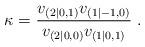
LaTeX: \begin{align*} \kappa= \frac{v_{(2|0,1)} v_{(1|-1,0)}}{v_{(2|0,0)} v_{(1|0,1)}} \;.\end{align*}